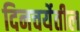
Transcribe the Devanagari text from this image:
दिनचर्येतील